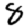
Digit: 8